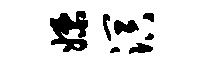
嫖溟